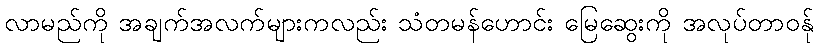
လာမည်ကို အချက်အလက်များကလည်း သံတမန်ဟောင်း မြေဆွေးကို အလုပ်တာဝန်ု